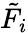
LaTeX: \tilde{F}_{i}